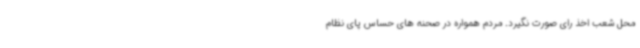
محل شعب اخذ رای صورت نگیرد. مردم همواره در صحنه های حساس پای نظام